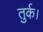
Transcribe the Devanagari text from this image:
तुर्क।